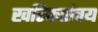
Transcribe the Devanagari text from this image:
खरिकसंचय